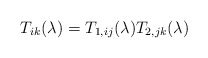
\begin{align*}T_{ik}(\lambda)=T_{1,ij}(\lambda)T_{2,jk}(\lambda)\end{align*}